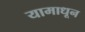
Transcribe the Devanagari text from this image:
यामाधून